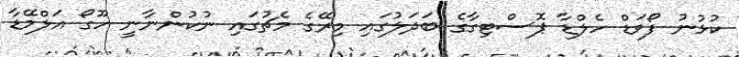
ކުޅުނު ފޯވަޑް ހެލްޑާ ޕޮސްޓިގާގެ ބަދަލުގައި މިރޭގެ މެޗުގައި ނުކުންނާނީ ހޫގޯ އަލްމޭޑާ